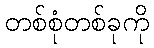
တစ်စုံတစ်ခုကို